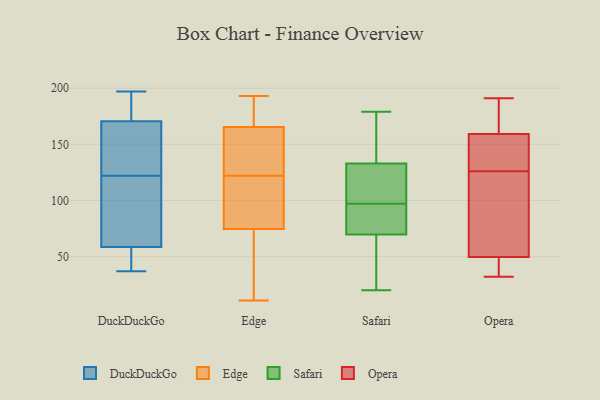
{"axis": {"x": "Bounce Rate (%)", "y": "Value"}, "legend": ["DuckDuckGo", "Edge", "Opera", "Safari"], "data": [{"x": "", "y": 122, "type": "DuckDuckGo"}, {"x": "", "y": 171, "type": "DuckDuckGo"}, {"x": "", "y": 94, "type": "DuckDuckGo"}, {"x": "", "y": 47, "type": "DuckDuckGo"}, {"x": "", "y": 197, "type": "DuckDuckGo"}, {"x": "", "y": 169, "type": "DuckDuckGo"}, {"x": "", "y": 93, "type": "DuckDuckGo"}, {"x": "", "y": 140, "type": "DuckDuckGo"}, {"x": "", "y": 37, "type": "DuckDuckGo"}, {"x": "", "y": 46, "type": "DuckDuckGo"}, {"x": "", "y": 183, "type": "DuckDuckGo"}, {"x": "", "y": 170, "type": "Edge"}, {"x": "", "y": 110, "type": "Edge"}, {"x": "", "y": 163, "type": "Edge"}, {"x": "", "y": 99, "type": "Edge"}, {"x": "", "y": 36, "type": "Edge"}, {"x": "", "y": 49, "type": "Edge"}, {"x": "", "y": 193, "type": "Edge"}, {"x": "", "y": 133, "type": "Edge"}, {"x": "", "y": 11, "type": "Edge"}, {"x": "", "y": 163, "type": "Edge"}, {"x": "", "y": 50, "type": "Edge"}, {"x": "", "y": 105, "type": "Edge"}, {"x": "", "y": 125, "type": "Edge"}, {"x": "", "y": 185, "type": "Edge"}, {"x": "", "y": 124, "type": "Edge"}, {"x": "", "y": 171, "type": "Edge"}, {"x": "", "y": 168, "type": "Edge"}, {"x": "", "y": 114, "type": "Edge"}, {"x": "", "y": 120, "type": "Edge"}, {"x": "", "y": 14, "type": "Edge"}, {"x": "", "y": 77, "type": "Safari"}, {"x": "", "y": 20, "type": "Safari"}, {"x": "", "y": 66, "type": "Safari"}, {"x": "", "y": 120, "type": "Safari"}, {"x": "", "y": 179, "type": "Safari"}, {"x": "", "y": 166, "type": "Safari"}, {"x": "", "y": 104, "type": "Safari"}, {"x": "", "y": 58, "type": "Safari"}, {"x": "", "y": 71, "type": "Safari"}, {"x": "", "y": 170, "type": "Safari"}, {"x": "", "y": 97, "type": "Safari"}, {"x": "", "y": 76, "type": "Safari"}, {"x": "", "y": 122, "type": "Safari"}, {"x": "", "y": 43, "type": "Opera"}, {"x": "", "y": 191, "type": "Opera"}, {"x": "", "y": 158, "type": "Opera"}, {"x": "", "y": 153, "type": "Opera"}, {"x": "", "y": 81, "type": "Opera"}, {"x": "", "y": 52, "type": "Opera"}, {"x": "", "y": 114, "type": "Opera"}, {"x": "", "y": 145, "type": "Opera"}, {"x": "", "y": 126, "type": "Opera"}, {"x": "", "y": 184, "type": "Opera"}, {"x": "", "y": 32, "type": "Opera"}, {"x": "", "y": 41, "type": "Opera"}, {"x": "", "y": 163, "type": "Opera"}]}